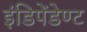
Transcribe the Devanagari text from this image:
इंडिपेंडेण्ट